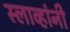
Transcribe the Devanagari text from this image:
स्लाव्हांनी